DOW-UAP-D48, Department of the Air Force Report, 1996
Agency: Department of War
Incident date: 9/10/96
Page 69
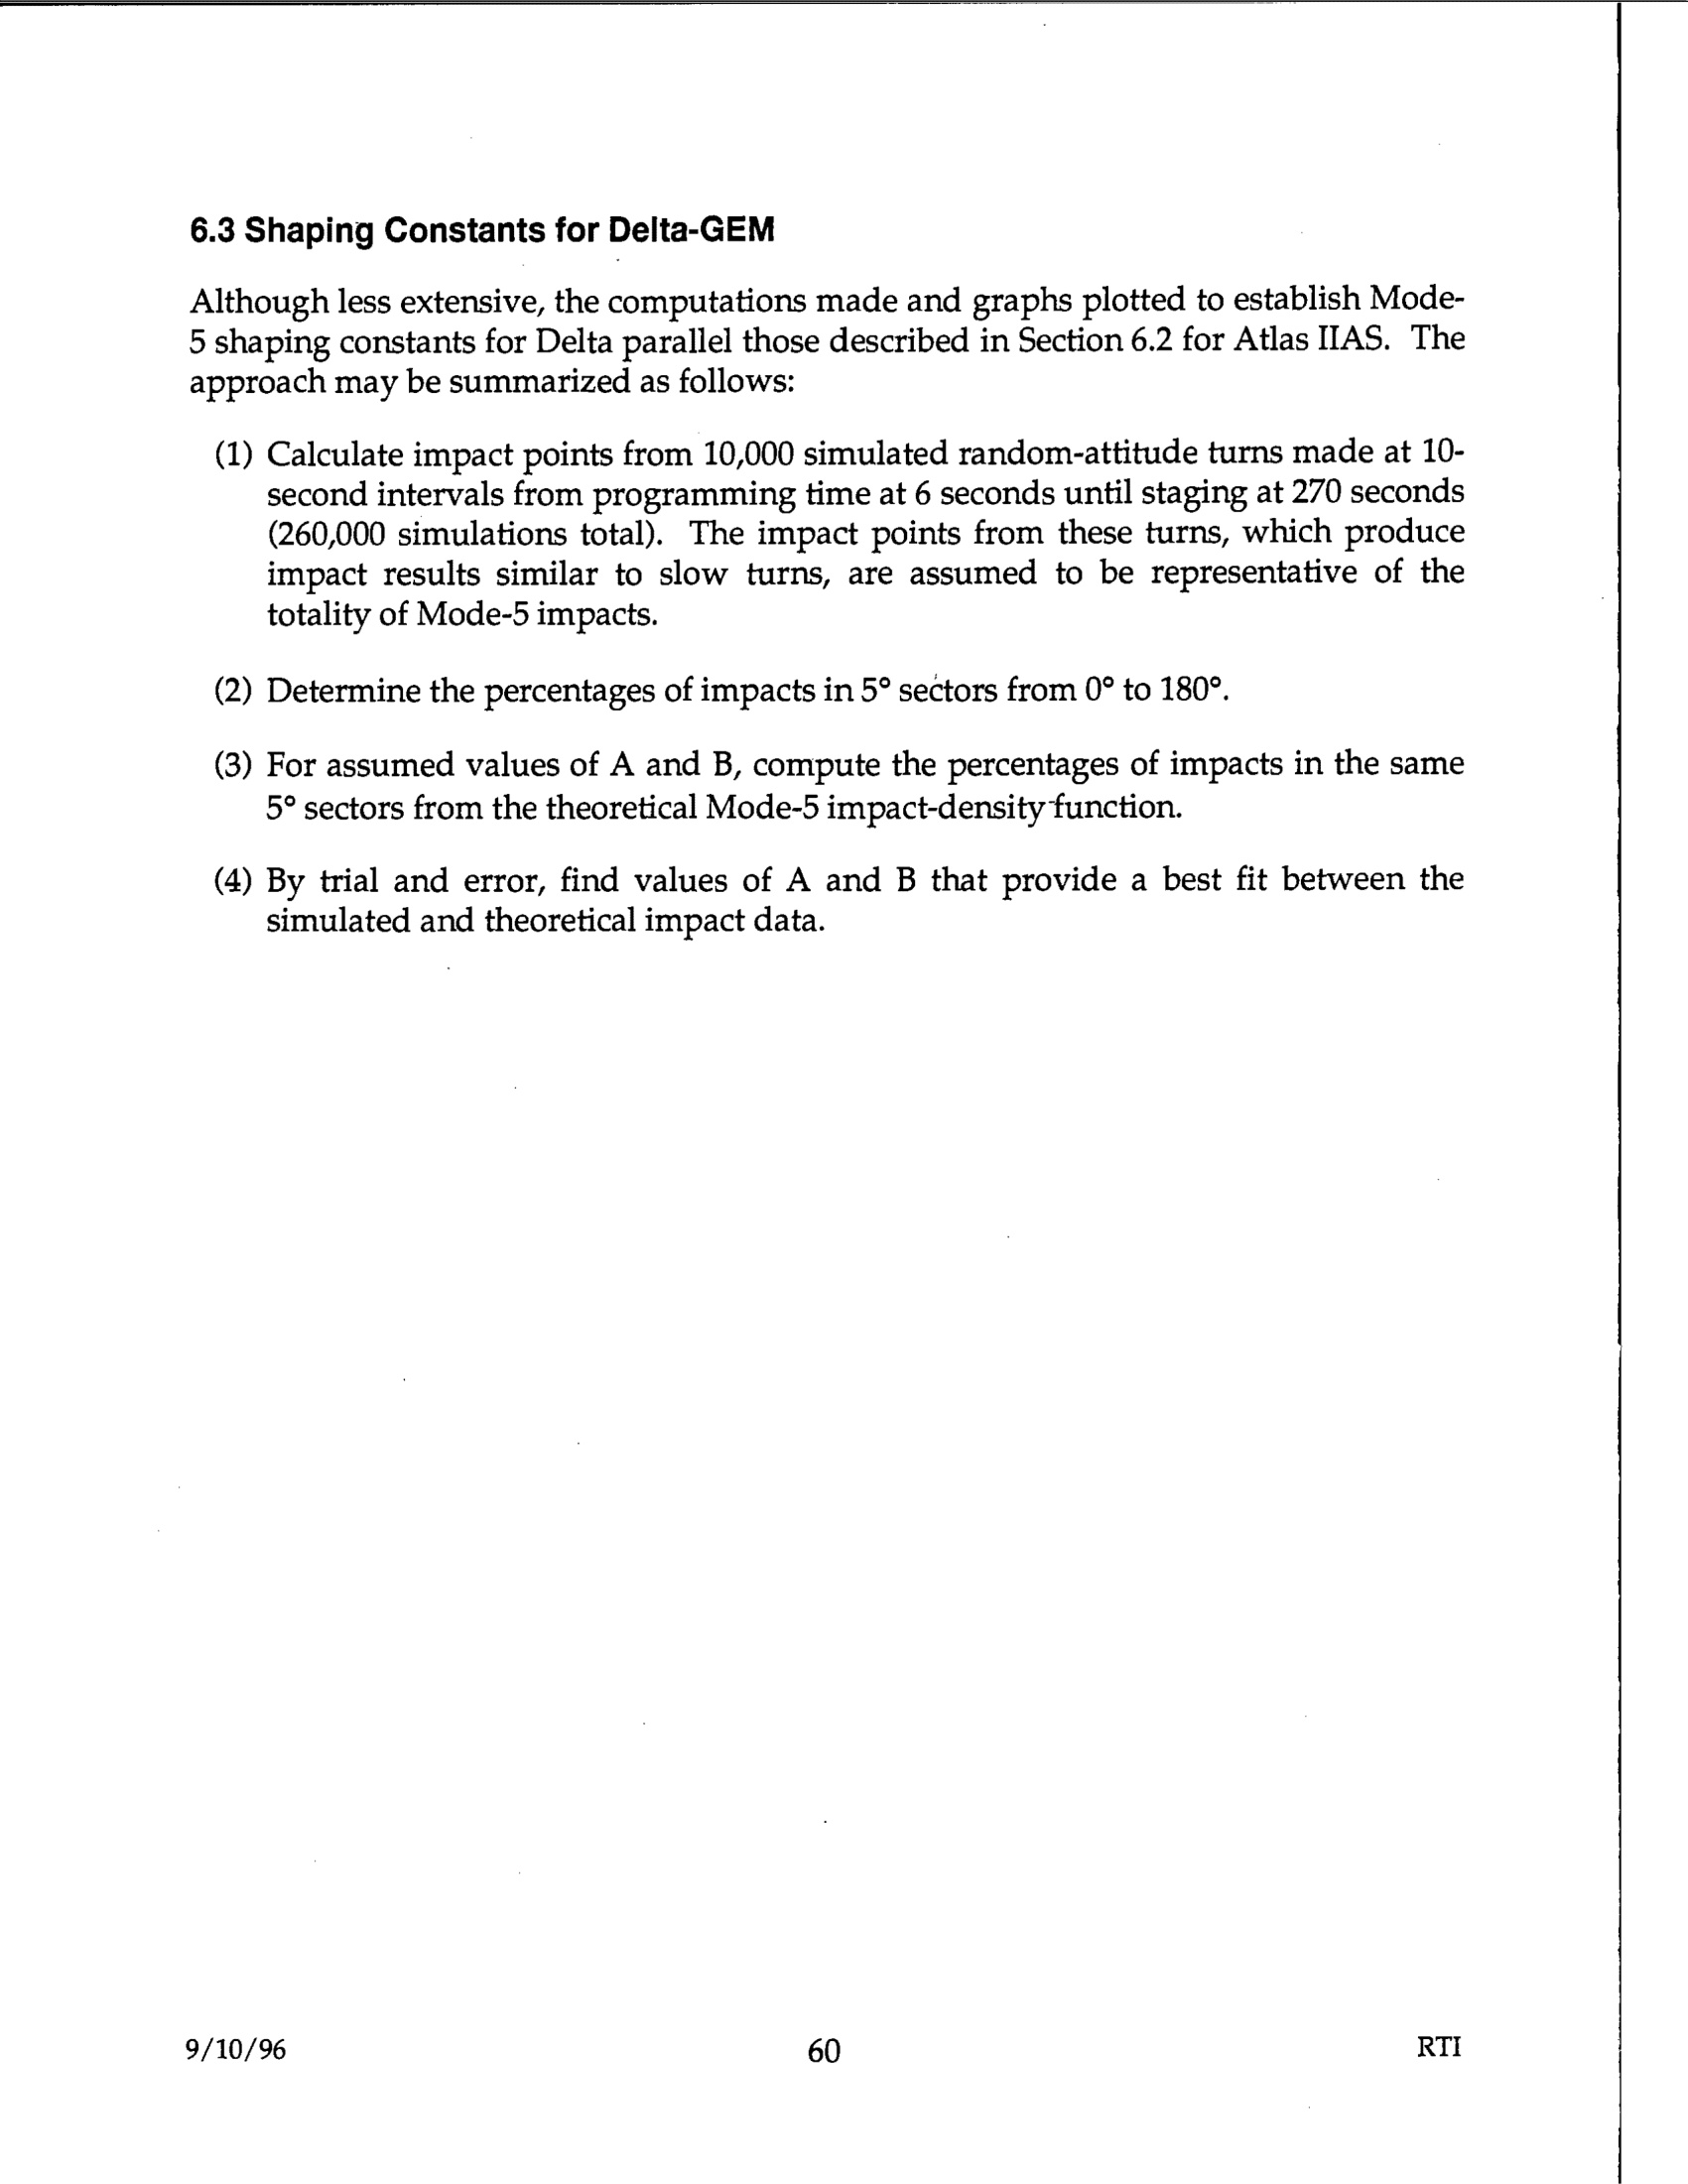